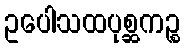
ဥပေါသထပုစ္ဆကဉ္စ